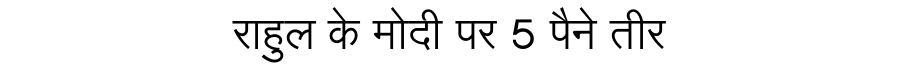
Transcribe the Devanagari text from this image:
राहुल के मोदी पर 5 पैने तीर